Vaccination in Bombay 1863-1868 - 1863-1868
Year: 1863
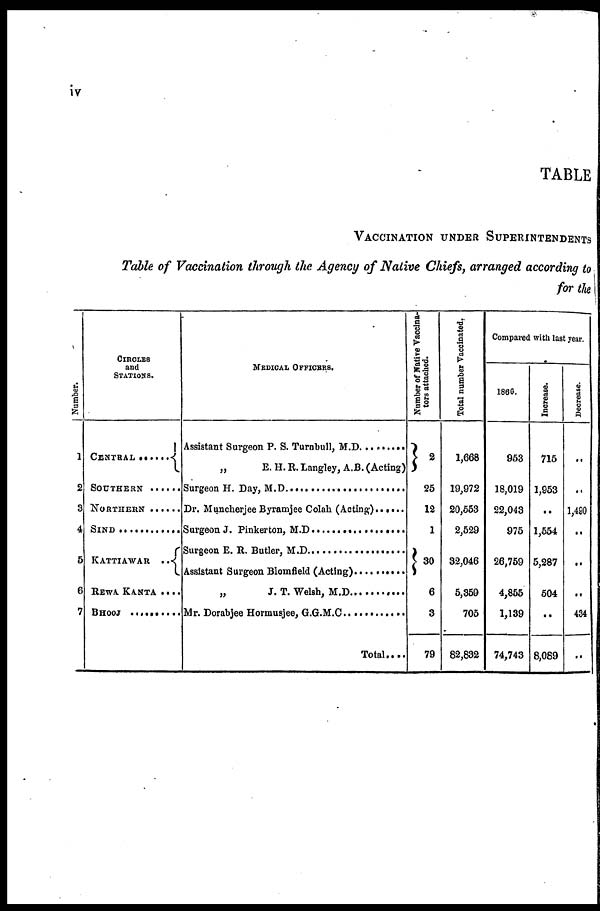
iv
TABLE
VACCINATION UNDER SUPERINTENDENTS
Table of Vaccination through the Agency of Native Chiefs, arranged according to
for the
Number.
1
2
3
4
5
6
7
CIRCLES
and
STATIONS.
CENTRAL .......
SOUTHERN ......
NORTHERN ......
SIND .............
KATTIAWAR
..
REWA KANTA ....
BHOOJ .............
MEDICAL OFFICERS.
Assistant Surgeon P. S. Turnbull, M.D. ........
„
E. H. R. Langley, A.B. (Acting)
Surgeon H. Day, M.D. ..........................
Dr. Muncherjee Byramjee Colah (Acting) ......
Surgeon J. Pinkerton, M.D. .....................
Surgeon E.R. Butler, M.D. ...................
Assistant Surgeon Blomfield (Acting) ............
„ J.T.Welsh, M.D. ...............
Mr. Dorabjee Hormusjee, G.G.M.C
Total....
Number of Native Vaccina-
tors attached.
2
25
12
1
30
6
3
79
Total number Vaccinated,
1,668
19,972
20,553
2,529
32,046
5,359
705
82,832
Compared with last year.
1866.
953
18,019
22,043
975
26,759
4,855
1,139
74,743
Increase.
715
1,953
..
1,554
5,287
504
..
8,089
Decrease.
..
..
1,490
..
..
..
434
..